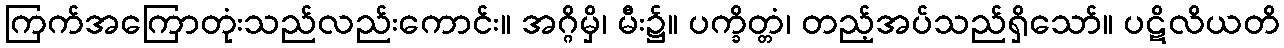
ကြက်အကြောတုံးသည်လည်းကောင်း။ အဂ္ဂိမှိ၊ မီး၌။ ပက္ခိတ္တံ၊ တည့်အပ်သည်ရှိသော်။ ပဋိလိယတိ